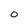
Character: 0